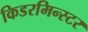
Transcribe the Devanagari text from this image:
किडरमिन्स्टर